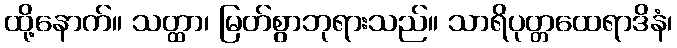
ထို့နောက်။ သတ္ထာ၊ မြတ်စွာဘုရားသည်။ သာရိပုတ္တထေရာဒိနံ၊